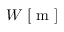
W \; [ \textrm { m } ]